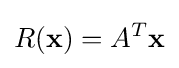
R({\textbf {x}})=A^{T}{\textbf {x}}